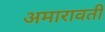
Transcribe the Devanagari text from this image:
अमारावती